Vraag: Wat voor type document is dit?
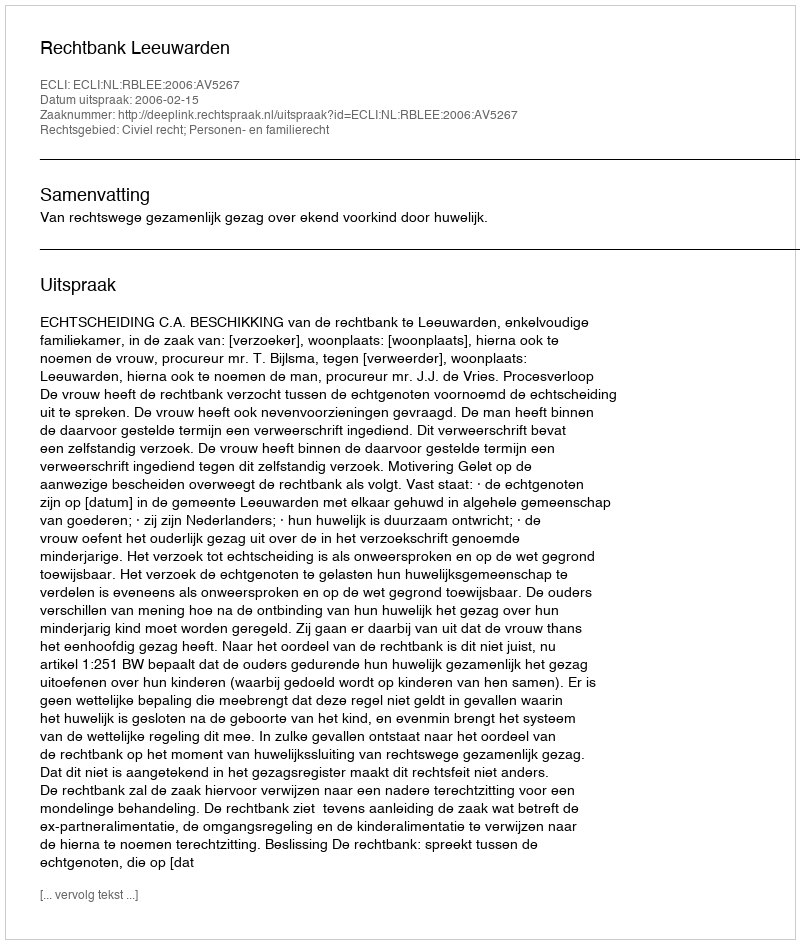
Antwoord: Uitspraak